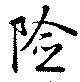
険